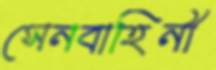
সেনবাহিনী